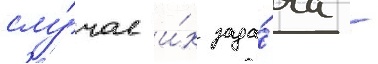
слу́чае и́х зада́ча -